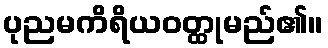
ပုညမကိရိယဝတ္ထုမည်၏။